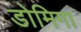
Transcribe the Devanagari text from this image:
डोमिगा